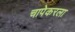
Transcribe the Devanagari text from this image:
चापेकरला